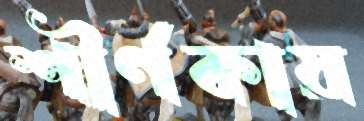
শীর্ণকায়